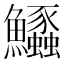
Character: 𱇊